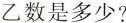
乙数是多少?